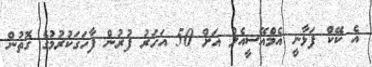
އެ ކޭކް ފަޅާނީ އެމްއޭސީއެލް އަށް 50 އަހަރު ފުރުން ފާހަގަކުރުމުގެ ގޮތުން